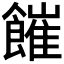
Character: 𩞅